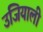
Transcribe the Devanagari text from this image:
उजियाली